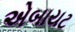
એબાયટ